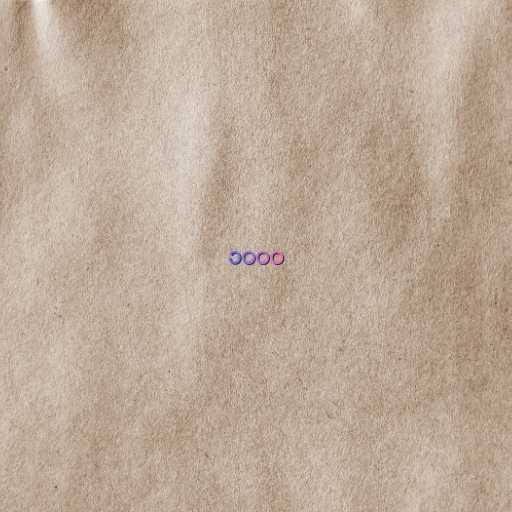
၁၀၀၀